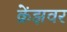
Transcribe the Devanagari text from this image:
क्रेंझवर